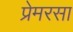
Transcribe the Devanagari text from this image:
प्रेमरसा